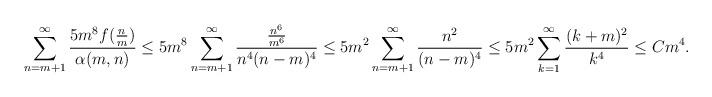
LaTeX: \begin{align*} \sum_{n=m+1}^{\infty}\frac{5m^8f(\frac{n}{m})}{\alpha(m,n)}\leq 5m^8\sum_{n=m+1}^{\infty}\frac{\frac{n^6}{m^6}}{n^4(n-m)^4}\leq 5m^2\sum_{n=m+1}^{\infty}\frac{n^2}{(n-m)^4}\leq 5m^2\sum_{k=1}^{\infty}\frac{(k+m)^2}{k^4}\leq Cm^4. \end{align*}